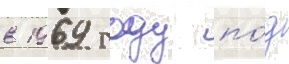
в 1969 году по́д